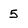
Character: 5